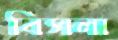
বিসলা